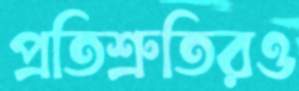
প্রতিশ্রুতিরও